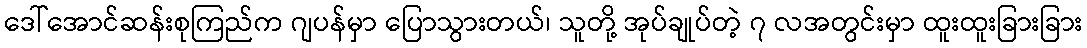
ဒေါ်အောင်ဆန်းစုကြည်က ဂျပန်မှာ ပြောသွားတယ်၊ သူတို့ အုပ်ချုပ်တဲ့ ၇ လအတွင်းမှာ ထူးထူးခြားခြား